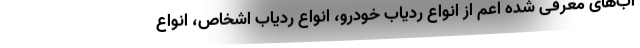
اب‌های معرفی شده اعم از انواع ردیاب خودرو، انواع ردیاب اشخاص، انواع